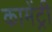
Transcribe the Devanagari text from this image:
कामेंट्री